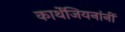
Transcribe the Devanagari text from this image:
कार्थेजियनांनीं